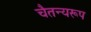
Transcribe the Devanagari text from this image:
चैतन्यरूप